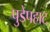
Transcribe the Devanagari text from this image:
पुडेपहाट